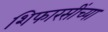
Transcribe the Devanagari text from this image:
शिफारसींच्या